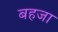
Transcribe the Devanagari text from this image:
बहजा